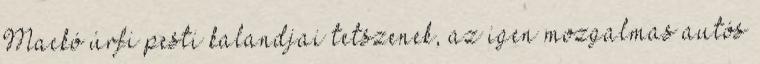
Mackó úrfi pesti kalandjai tetszenek, az igen mozgalmas autós